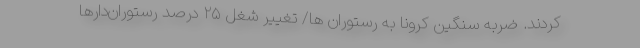
کردند. ضربه سنگین کرونا به رستوران ها/ تغییر شغل ۲۵ درصد رستوران‌دارها